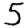
Digit: 5